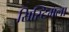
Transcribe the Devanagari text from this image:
सिस्टिमला